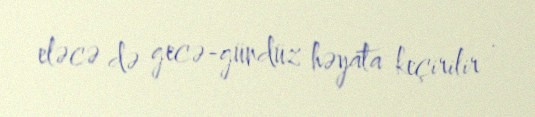
eləcə də gecə-gündüz həyata keçirilir .